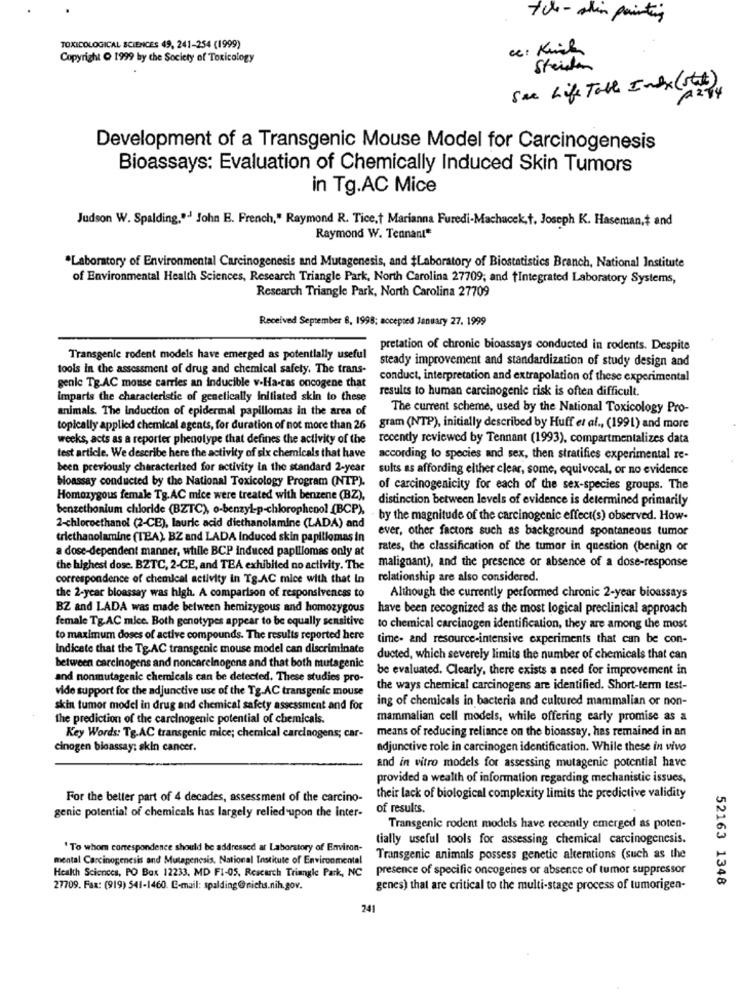
+cl - allin painting
TOXICOLOGICAL SCIENCES 49, 241-254 (1999)
ce: King
Copyright O 1999 by the Society of Toxicology
Striden
See Life Table Index (stat)
Development of a Transgenic Mouse Model for Carcinogenesis
Bioassays: Evaluation of Chemically Induced Skin Tumors
in Tg.AC Mice
Judson W. Spalding."- John E. French," Raymond R. Tice,t Marianna Furedi-Machucek,t. Joseph K. Haseman,t and
Raymond W. Tennant*
"Laboratory of Environmental Carcinogenesis and Mutagenesis, and #Laboratory of Biostatistics Branch, National Institute
of Environmental Health Sciences, Research Triangle Park, North Carolina 27709; and Integrated Laboratory Systems,
Research Triangle Park, North Carolina 27709
Received September 6, 1998; accepted January 27. 1999
pretation of chronic bioassays conducted in rodents. Despite
Transgenic rodent models have emerged as potentially useful
steady improvement and standardization of study design and
tools in the assessment of drug and chemical safety. The trans-
conduct, interpretation and extrapolation of these experimental
genic Tg.AC mouse carries an inducible v.Ha-ras oncogene that
results to human carcinogenle risk is often difficult.
imparis the characteristic of genetically initiated skin to these
animals. The Induction of epidermal papillomas in the area of
The current scheme, used by the National Toxicology Pro-
topically applied chemical agents, for duration of not more than 26
gram (NTP), initially described by Huff et al ., (1991) and more
weeks, acts as a reporter phenotype that defines the activity of the
recently reviewed by Tennant (1993), compartmentalizes data
test article. We describe here the activity of six chemicals that have
according to species and sex, then stratifies experimental re-
been previously characterized for activity in the standard 2-year
sults as affording elther clear, some, equivocal, or no evidence
boassay conducted by the National Toxicology Program (NTP).
of carcinogenicity for each of the sex-species groups. The
Homozygous female Tg.AC mice were treated with benzene (BZ),
distinction between levels of evidence is determined primarily
benzethonium chloride (BZTC), o-benzyl-p-chlorophenol (BCP),
by the magnitude of the carcinogenic effect(s) observed. How-
2-chloroethanol (2-CE), lauric acid diethanolamine (LADA) and
ever, other factors such as background spontaneous tumor
triethanolamine (TEA). BZ and LADA Induced skin papillomas in
a dose-dependent manner, wtille BCP induced papillomas only at
rates, the classification of the tumor in question (benign or
the highest dose. BZTC, 2-CE, and TEA exhibited no activity. The
malignant), and the presence or absence of a dose-response
correspondence of chemical activity in Tg.AC mice with that In
relationship are also considered.
the 2-year bioassay was high. A comparison of responsiveness to
Although the currently performed chronic 2-year bioassays
BZ and LADA was made between hemizygous and homozygous
have been recognized as the most logical preclinical approach
female Tg.AC mice. Both genotypes appear to be equally sensitive
to chemical carcinogen identification, they are among the most
to maximum doses of active compounds. The results reported here
time- and resource-intensive experiments that can be con-
Indicate that the Tg.AC transgenic mouse model can discriminate
ducted, which severely limits the number of chemicals that can
between carcinogens and noncarcinogens and that both mutagenic
be evaluated. Clearly, there exists a need for improvement in
and nonmutagenic chemicals can be detected. These studies pro-
vide support for the adjunctive use of the Tg.AC transgenic mouse
the ways chemical carcinogens are identified. Short-term test-
ing of chemicals in bacteria and cultured mammalian or non-
skin tumor model in drug and chemical safety assessment and for
the prediction of the carcinogenic potential of chemicals.
mammalian cell models, while offering early promise as a
means of reducing reliance on the bioassay, has remained in an
Key Words: Tg.AC transgenic mice; chemical carcinogens; car-
cinogen bioassay: skin cancer.
adjunctive role in carcinogen identification. While these in vivo
and in vitro models for assessing mutagenic potential have
provided a wealth of information regarding mechanistic issues,
For the better part of 4 decades, assessment of the carcino-
their lack of biological complexity limits the predictive validity
genie potential of chemicals has largely relied upon the Inter-
of results.
Transgenic rodent models have recently emerged as poten-
tially useful tools for assessing chemical carcinogenesis.
'To whom correspondence should be addressed at Laboratory of Environ-
mental Carcinogenesis and Mutagenesis. National Institute of Environmental
Transgenic animals possess genetic alterations (such as the
Health Sciences, PO Box 12233, MD F1-05, Research Triangle Park, NC
presence of specific oncogenes or absence of tumor suppressor
52163 1348
27709. Fax: (919) 541-1460. C-mail: spalding@nichs.nih.gov.
genes) that are critical to the multi-stage process of tumorigen-
241